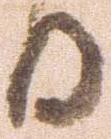
日